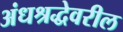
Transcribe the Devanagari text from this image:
अंधश्रद्धेवरील